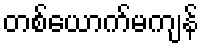
တစ်ယောက်မကျန်